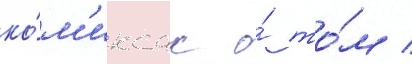
ко́м'иксах о́ то́м /